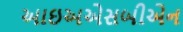
આઇઅએસબીએન